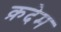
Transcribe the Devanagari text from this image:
क़देम